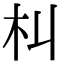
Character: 朻